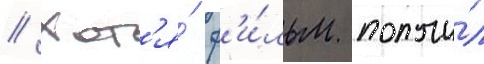
// Хот'я́ ф'и́льм получи́л